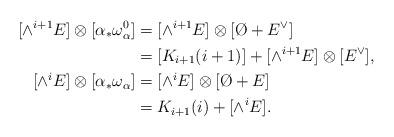
LaTeX: \begin{align*} [\wedge^{i+1}E] \otimes [\alpha_* \omega_\alpha^0] &= [\wedge^{i+1}E] \otimes [ \O + E^\vee] \\ &= [K_{i+1}(i+1)] + [\wedge^{i+1}E]\otimes[E^\vee],\ \\ [\wedge^i E] \otimes [\alpha_* \omega_\alpha ] &= [\wedge^i E]\otimes[\O + E] \\ &= K_{i+1}(i) + [\wedge^i E].\end{align*}